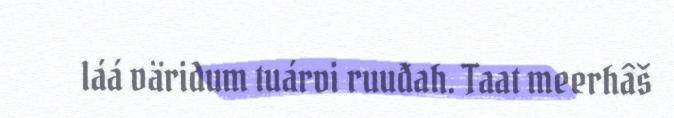
láá väridum tuárvi ruuđah. Taat meerhâš